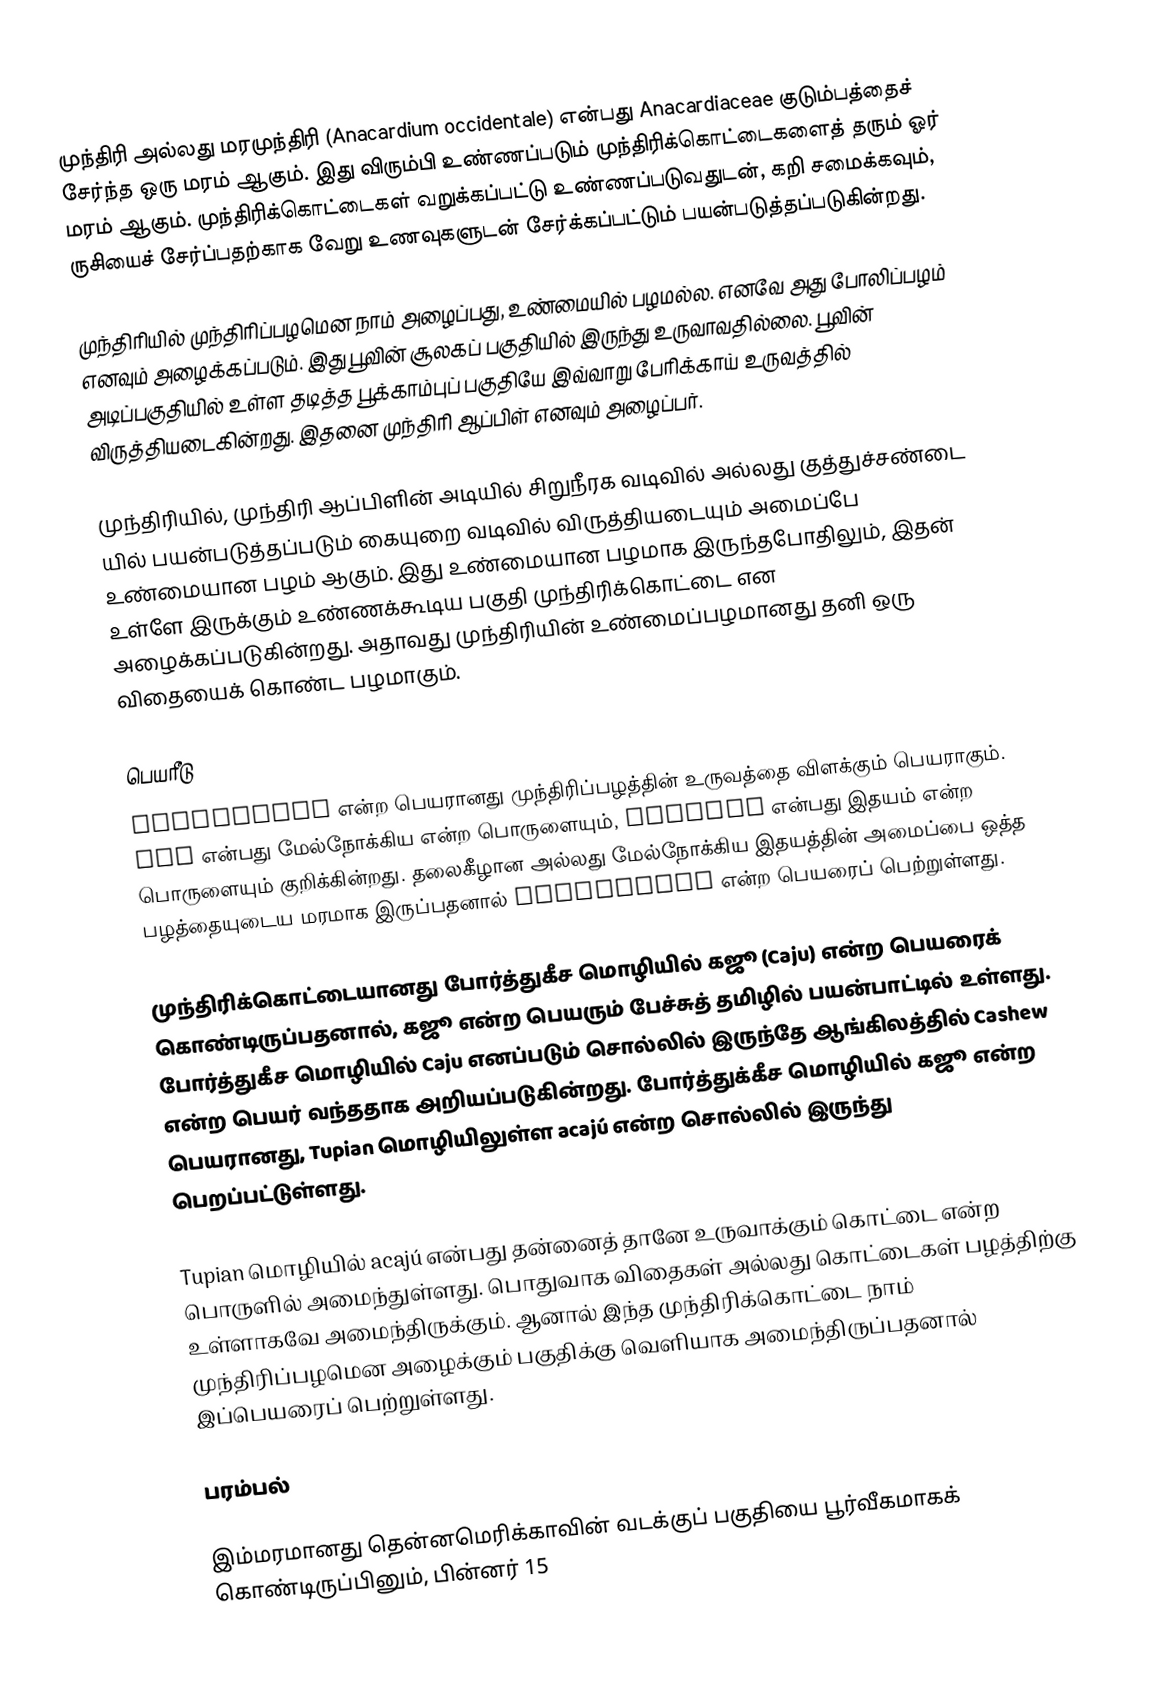
முந்திரி அல்லது மரமுந்திரி (Anacardium occidentale) என்பது Anacardiaceae குடும்பத்தைச் சேர்ந்த ஒரு மரம் ஆகும். இது விரும்பி உண்ணப்படும் முந்திரிக்கொட்டைகளைத் தரும் ஓர் மரம் ஆகும். முந்திரிக்கொட்டைகள் வறுக்கப்பட்டு உண்ணப்படுவதுடன், கறி சமைக்கவும், ருசியைச் சேர்ப்பதற்காக வேறு உணவுகளுடன் சேர்க்கப்பட்டும் பயன்படுத்தப்படுகின்றது.

முந்திரியில் முந்திரிப்பழமென நாம் அழைப்பது, உண்மையில் பழமல்ல. எனவே அது போலிப்பழம் எனவும் அழைக்கப்படும். இது பூவின் சூலகப் பகுதியில் இருந்து உருவாவதில்லை. பூவின் அடிப்பகுதியில் உள்ள தடித்த பூக்காம்புப் பகுதியே இவ்வாறு பேரிக்காய் உருவத்தில் விருத்தியடைகின்றது. இதனை முந்திரி ஆப்பிள் எனவும் அழைப்பர்.

முந்திரியில், முந்திரி ஆப்பிளின் அடியில் சிறுநீரக வடிவில் அல்லது குத்துச்சண்டை யில் பயன்படுத்தப்படும் கையுறை வடிவில் விருத்தியடையும் அமைப்பே உண்மையான பழம் ஆகும். இது உண்மையான பழமாக இருந்தபோதிலும், இதன் உள்ளே இருக்கும் உண்ணக்கூடிய பகுதி முந்திரிக்கொட்டை என அழைக்கப்படுகின்றது. அதாவது முந்திரியின் உண்மைப்பழமானது தனி ஒரு விதையைக் கொண்ட பழமாகும்.

பெயரீடு
Anacardium என்ற பெயரானது முந்திரிப்பழத்தின் உருவத்தை விளக்கும் பெயராகும். ana என்பது மேல்நோக்கிய என்ற பொருளையும், cardium என்பது இதயம் என்ற பொருளையும் குறிக்கின்றது. தலைகீழான அல்லது மேல்நோக்கிய இதயத்தின் அமைப்பை ஒத்த பழத்தையுடைய மரமாக இருப்பதனால் Anacardium  என்ற பெயரைப் பெற்றுள்ளது.

முந்திரிக்கொட்டையானது போர்த்துகீச மொழியில் கஜூ (Caju) என்ற பெயரைக் கொண்டிருப்பதனால், கஜூ என்ற பெயரும் பேச்சுத் தமிழில் பயன்பாட்டில் உள்ளது. போர்த்துகீச மொழியில் Caju எனப்படும் சொல்லில் இருந்தே ஆங்கிலத்தில் Cashew என்ற பெயர் வந்ததாக அறியப்படுகின்றது. போர்த்துக்கீச மொழியில் கஜூ என்ற பெயரானது, Tupian மொழியிலுள்ள acajú என்ற சொல்லில் இருந்து பெறப்பட்டுள்ளது.

Tupian மொழியில் acajú என்பது தன்னைத் தானே உருவாக்கும் கொட்டை என்ற பொருளில் அமைந்துள்ளது. பொதுவாக விதைகள் அல்லது கொட்டைகள் பழத்திற்கு உள்ளாகவே அமைந்திருக்கும். ஆனால் இந்த முந்திரிக்கொட்டை நாம் முந்திரிப்பழமென அழைக்கும் பகுதிக்கு வெளியாக அமைந்திருப்பதனால் இப்பெயரைப் பெற்றுள்ளது.

பரம்பல்

இம்மரமானது தென்னமெரிக்காவின் வடக்குப் பகுதியை பூர்வீகமாகக் கொண்டிருப்பினும், பின்னர் 15